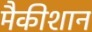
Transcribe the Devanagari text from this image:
मैकीशान